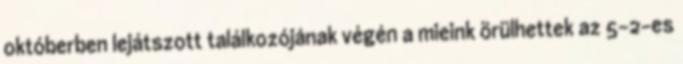
októberben lejátszott találkozójának végén a mieink örülhettek az 5-2-es